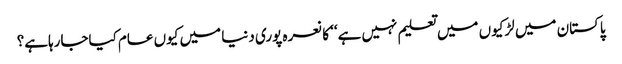
پاکستان میں لڑکیوں میں تعلیم نہیں ہے‘‘ کا نعرہ پوری دنیا میں کیوں عام کیاجارہاہے؟